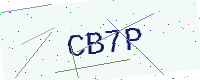
Text: CB7P